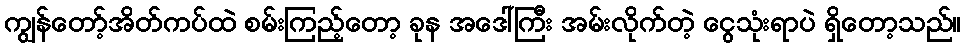
ကျွန်တော့်အိတ်ကပ်ထဲ စမ်းကြည့်တော့ ခုန အဒေါ်ကြီး အမ်းလိုက်တဲ့ ငွေသုံးရာပဲ ရှိတော့သည်။